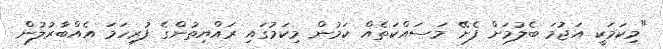
"މިކަމަކީ އަޖުމަ ބެލުމަށް ފެށޭ މަސައްކަތެއް ކަމުން މިކަމުގައި ރައްޔިތުންގެ ފުރިހަމަ އެއްބާރުލުން